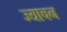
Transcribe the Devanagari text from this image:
ज्याचन